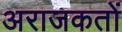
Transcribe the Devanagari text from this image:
अराजकतों